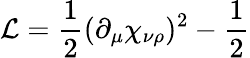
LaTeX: {\cal L}=\frac{1}{2}(\partial_{\mu}\chi_{\nu\rho})^{2}-\frac{1}{2}